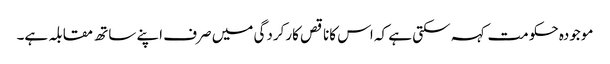
موجودہ حکومت کہہ سکتی ہے کہ اس کاناقص کارکردگی میں صرف اپنے ساتھ مقابلہ ہے۔